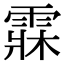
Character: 𩃕